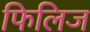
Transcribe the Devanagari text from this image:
फिलिज